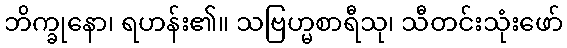
ဘိက္ခုနော၊ ရဟန်း၏။ သဗြဟ္မစာရီသု၊ သီတင်းသုံးဖော်